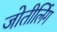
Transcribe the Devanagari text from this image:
जोतीर्लिग